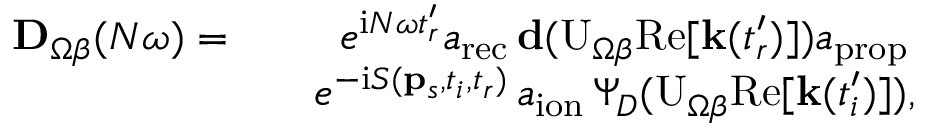
\begin{array} { r l r } { \mathbf { D } _ { \Omega \beta } ( N \omega ) = } & { } & { e ^ { \mathrm { i } N \omega t _ { r } ^ { \prime } } a _ { \mathrm { r e c } } \, \mathbf { d } ( \mathrm { U } _ { \Omega \beta } \mathrm { R e } [ \mathbf { k } ( t _ { r } ^ { \prime } ) ] ) a _ { \mathrm { p r o p } } \, } \\ & { } & { e ^ { - \mathrm { i } S ( \mathbf { p } _ { s } , t _ { i } , t _ { r } ) } \, a _ { \mathrm { i o n } } \, \Psi _ { D } ( \mathrm { U } _ { \Omega \beta } \mathrm { R e } [ \mathbf { k } ( t _ { i } ^ { \prime } ) ] ) , } \end{array}